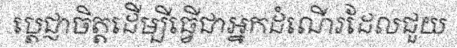
ប្តេជ្ញាចិត្តដើម្បីធ្វើជាអ្នកដំណើរដែលជួយ